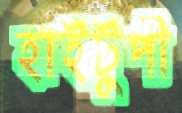
হাইটুপী